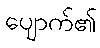
ပျောက်၏